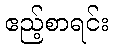
ဧည့်စာရင်း